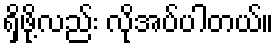
ရှိဖို့လည်း လိုအပ်ပါတယ်။